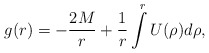
\begin{align*}g(r)=- {2M \over r} +{1 \over r} \int\limits_{}^{r}U(\rho) d\rho ,\end{align*}